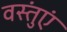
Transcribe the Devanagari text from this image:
वस्तुंएं